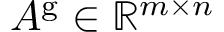
A ^ { \mathrm { g } } \in \mathbb { R } ^ { m \times n }